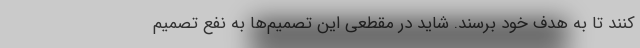
کنند تا به هدف خود برسند. شاید در مقطعی این تصمیم‌ها به نفع تصمیم